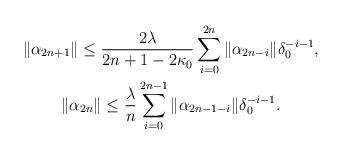
LaTeX: \begin{gather*}\Vert \alpha_{2n+1}\Vert \leq\frac{2\lambda}{2n+1-2\kappa_{0}}\sum\limits_{i=0}^{2n} \Vert \alpha_{2n-i}\Vert \delta_{0}^{-i-1},\\\Vert \alpha_{2n}\Vert \leq\frac{\lambda}{n}\sum\limits_{i=0}^{2n-1} \Vert \alpha_{2n-1-i}\Vert \delta_{0}^{-i-1}.\end{gather*}